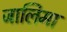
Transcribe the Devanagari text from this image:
जालिमा